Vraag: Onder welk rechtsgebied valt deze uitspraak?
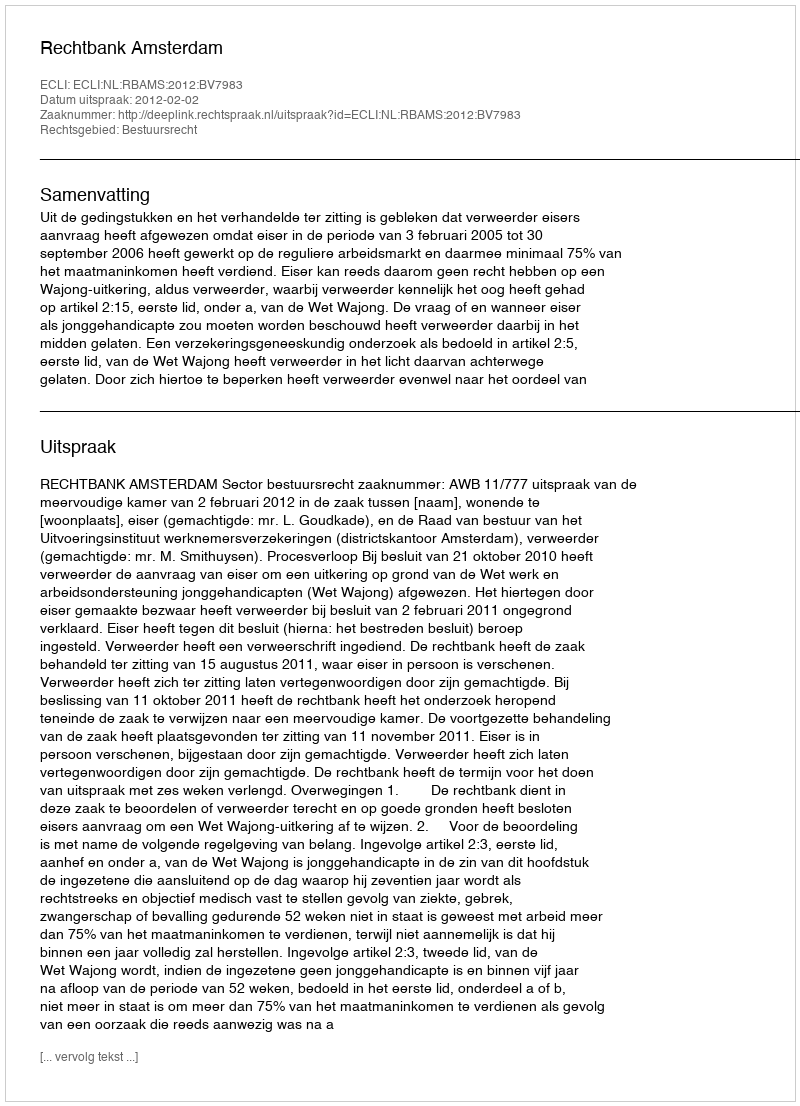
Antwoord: Bestuursrecht